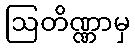
ဩတိဏ္ဏာမှ